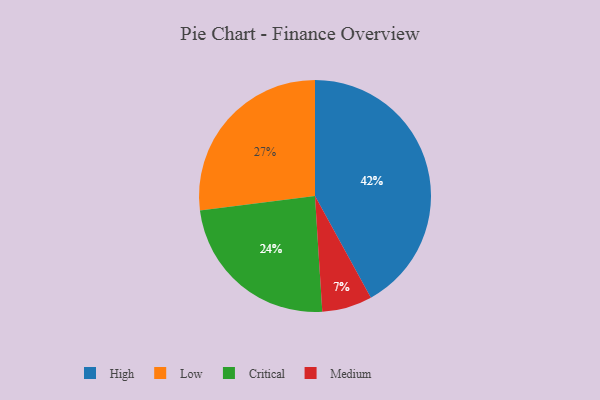
{"axis": {"x": "Category", "y": "Percentage"}, "legend": ["Critical", "High", "Low", "Medium"], "data": [{"x": "Critical", "y": 24, "type": "Critical"}, {"x": "Medium", "y": 7, "type": "Medium"}, {"x": "Low", "y": 27, "type": "Low"}, {"x": "High", "y": 42, "type": "High"}]}